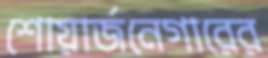
শোয়ার্জনেগারের